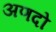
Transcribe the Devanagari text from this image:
अणदो